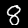
Label: 8